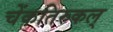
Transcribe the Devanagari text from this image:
चेंकतिरुकल्